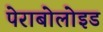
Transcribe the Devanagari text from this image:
पेराबोलोइड